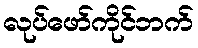
လုပ်ဖော်ကိုင်ဘက်